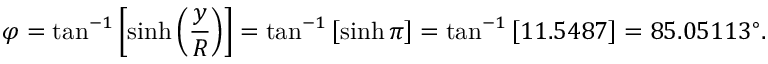
\varphi = \tan ^ { - 1 } \left[ \sinh \left( { \frac { y } { R } } \right) \right] = \tan ^ { - 1 } \left[ \sinh \pi \right] = \tan ^ { - 1 } \left[ 1 1 . 5 4 8 7 \right] = 8 5 . 0 5 1 1 3 ^ { \circ } .